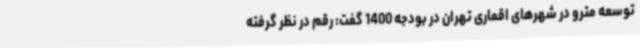
توسعه مترو در شهرهای اقماری تهران در بودجه 1400 گفت: رقم در نظر گرفته